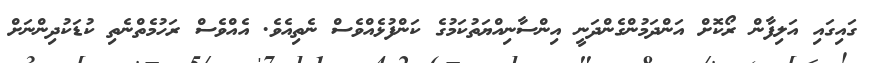
ގައިގައި އަލިފާން ރޯކޮށް އަންދަމުންގެންދަނީ އިންސާނިއްޔަތުކަމުގެ ކަންފުޅެއްވެސް ނެތިއެވެ. އެއްވެސް ރަހުމެތްނެތި ކުޑަކުދިންނަށް